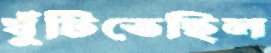
ঘুঁটিতেছিল